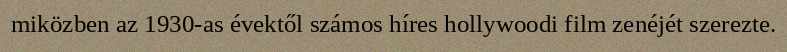
miközben az 1930-as évektől számos híres hollywoodi film zenéjét szerezte.